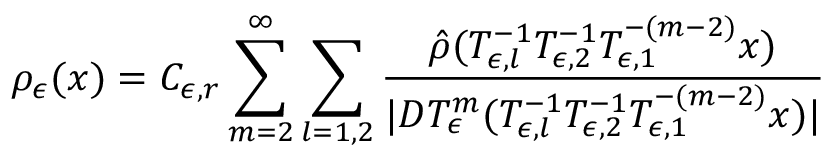
\rho _ { \epsilon } ( x ) = C _ { \epsilon , r } \sum _ { m = 2 } ^ { \infty } \sum _ { l = 1 , 2 } \frac { \hat { \rho } ( T _ { \epsilon , l } ^ { - 1 } T _ { \epsilon , 2 } ^ { - 1 } T _ { \epsilon , 1 } ^ { - ( m - 2 ) } x ) } { | D T _ { \epsilon } ^ { m } ( T _ { \epsilon , l } ^ { - 1 } T _ { \epsilon , 2 } ^ { - 1 } T _ { \epsilon , 1 } ^ { - ( m - 2 ) } x ) | }